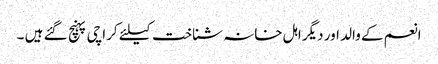
انعم کے والد اور دیگر اہل خانہ شناخت کیلئے کراچی پہنچ گئے ہیں ۔